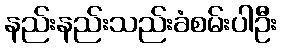
နည်းနည်းသည်းခံစမ်းပါဦး